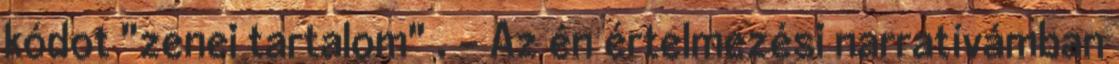
kódot "zenei tartalom" . - Az én értelmezési narratívámban